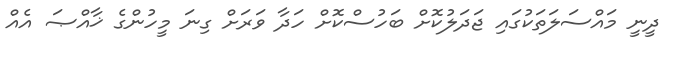
ދީނީ މައްސަލަތަކުގައި ޖަދަލުކޮށް ބަހުސްކޮށް ހަދާ ވަރަށް ގިނަ މީހުންގެ ޚާއްޞަ އެއް